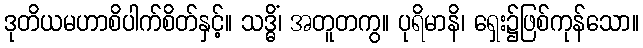
ဒုတိယမဟာစိပါက်စိတ်နှင့်။ သဒ္ဓိံ၊ အတူတကွ။ ပုရိမာနိ၊ ရှေး၌ဖြစ်ကုန်သော။